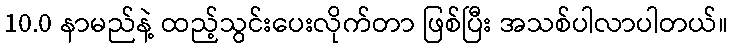
10.0 နာမည်နဲ့ ထည့်သွင်းပေးလိုက်တာ ဖြစ်ပြီး အသစ်ပါလာပါတယ်။